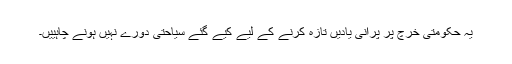
یہ حکومتی خرچ پر پرانی یادیں تازہ کرنے کے لیے کیے گئے سیاحتی دورے نہیں ہونے چاہییں۔